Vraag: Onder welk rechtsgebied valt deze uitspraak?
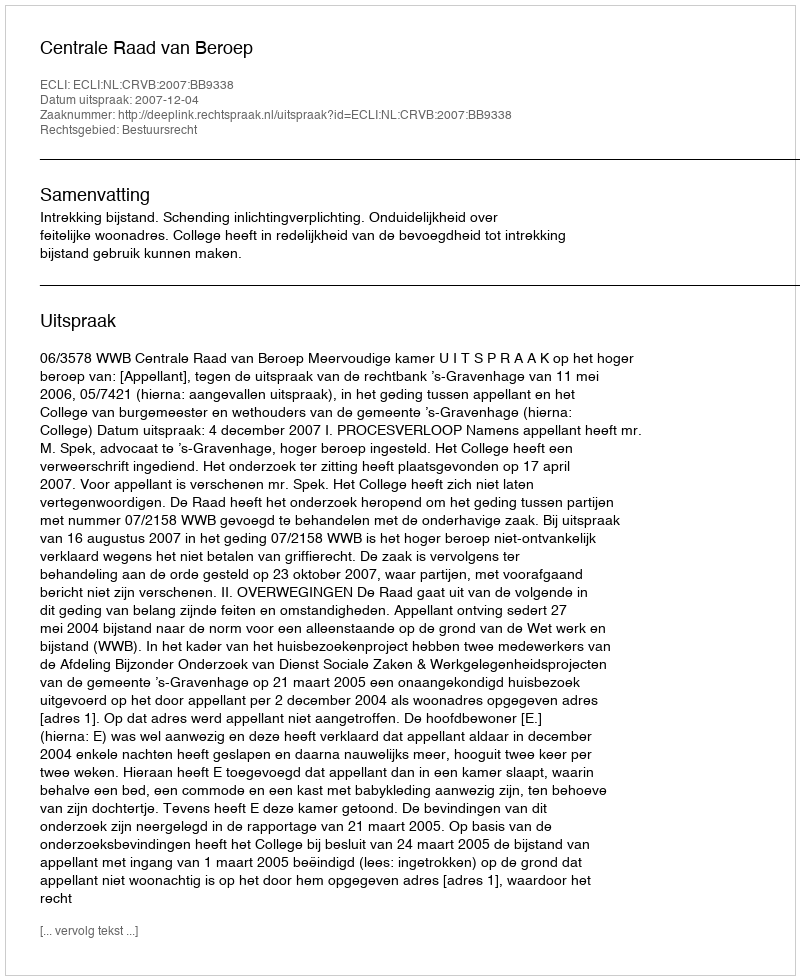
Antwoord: Bestuursrecht